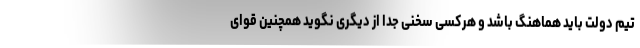
تیم دولت باید هماهنگ باشد و هرکسی سخنی جدا از دیگری نگوید همچنین قوای